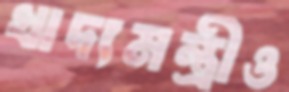
খাদ্যমন্ত্রীও